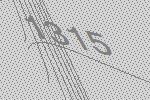
1315